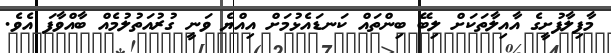
މާފިލާފުށީގެ އާއިލާތަކަށް ލިބޭ ބިންތައް ކަނޑައެޅުމަށް އިއްޔެ ވަނީ ގުރުއަތުލުމެއް ބާއްވާފަ އެވެ.